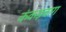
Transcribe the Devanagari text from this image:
कंकड़बाग